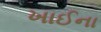
ખાઈના